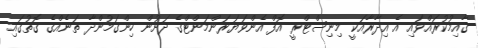
ޤާއިމުކުރައްވައި އެ އިދާރާއަކީ މިނިސްޓްރީ އޮފް އެންވަޔަރަންމަންޓްގެ ދަށުން ހިންގަމުންދާ ތަނެއްގެ ގޮތުގައި